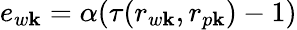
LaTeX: e_{w\mathbf{k}}=\alpha(\tau(r_{w\mathbf{k}},r_{p\mathbf{k}})-1)